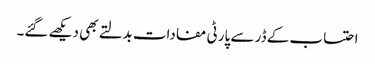
احتساب کے ڈر سے پارٹی مفادات بدلتے بھی دیکھے گئے۔